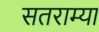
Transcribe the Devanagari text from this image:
सतराम्या